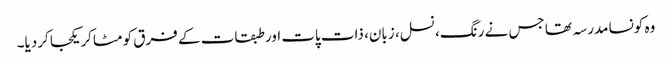
وہ کونسا مدرسہ تھا جس نے رنگ، نسل، زبان، ذات پات اور طبقات کے فرق کو مٹاکر یکجا کردیا۔